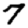
Digit: 7